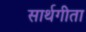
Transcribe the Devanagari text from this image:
सार्थगीता